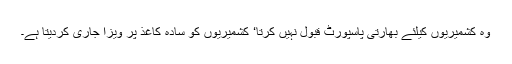
وہ کشمیریوں کیلئے بھارتی پاسپورٹ قبول نہیں کرتا‘ کشمیریوں کو سادہ کاغذ پر ویزا جاری کردیتا ہے۔